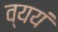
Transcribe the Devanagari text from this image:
व्ययं